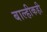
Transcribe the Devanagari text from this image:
बाल्हीकही